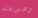
وصديقته